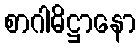
စာဂါဓိဋ္ဌာနော